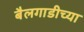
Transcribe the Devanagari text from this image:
बैलगाडीच्या